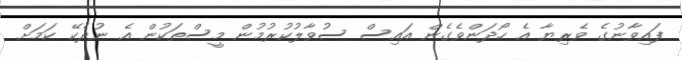
ފައިވާނުގެ ވެރިޔާ އެ ހޯދަންވެގެން އައިސް ސުވާލުކުރުމުން މީސްތަކުން އެ ނުދެކޭ ކަމަށް